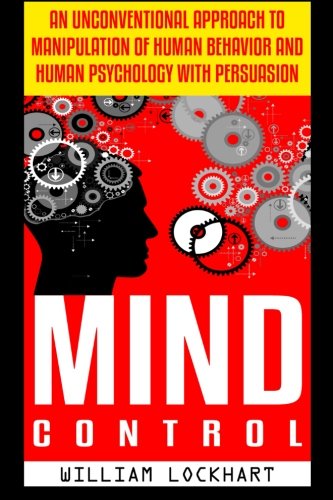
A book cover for Mind Control: An Unconventional Approach to Manipulation of Human Behavior and Human Psychology with Persuasion; William Lockhart; Self-Help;